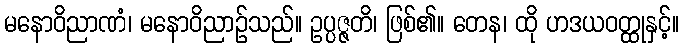
မနောဝိညာဏံ၊ မနောဝိညာဉ်သည်။ ဥပ္ပဇ္ဇတိ၊ ဖြစ်၏။ တေန၊ ထို ဟဒယဝတ္ထုနှင့်။